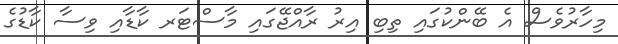
މިހާރުވެސް އެ ބޭންކުގައި ތިބި އިރު ރާއްޖޭގައި މާސްޓަރ ކާޑާއި ވިސާ ކާޑުގެ